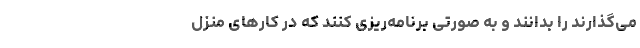
می‌گذارند را بدانند و به صورتی برنامه‌ریزی کنند که در کارهای منزل